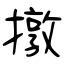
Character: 撴